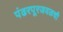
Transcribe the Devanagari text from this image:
पंढरपूरजवळची